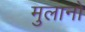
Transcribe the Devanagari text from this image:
मुलानो